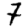
Digit: 7